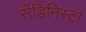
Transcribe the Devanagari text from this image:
सेंडिनिस्टा